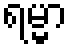
ရမ္မာ